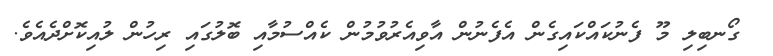
ގޯނބިލި މޫ ފެނުކައްކައިގެން އެފެނުން އާވިއެރުވުމުން ކެއްސުމާއި ބޮލުގައި ރިހުން ލުއިކޮށްދެއެވެ.